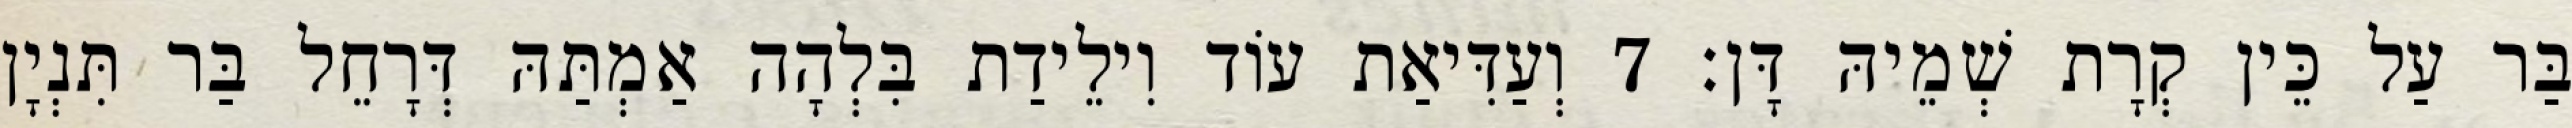
בַּר עַל כֵּין קְרָת שְׁמֵיהּ דָּן׃ 7 וְעַדִּיאַת עוֹד וִילֵידַת בִּלְהָה אַמְתַּהּ דְּרָחֵל בַּר תִּנְיָן